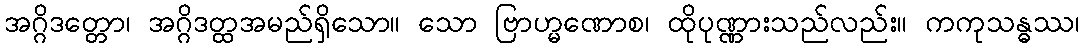
အဂ္ဂိဒတ္တော၊ အဂ္ဂိဒတ္ထအမည်ရှိသော။ သော ဗြာဟ္မဏောစ၊ ထိုပုဏ္ဏားသည်လည်း။ ကကုသန္ဓဿ၊